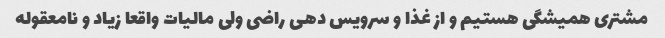
مشتری همیشگی هستیم و از غذا و سرویس دهی راضی ولی مالیات واقعا زیاد و نامعقوله